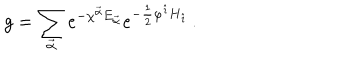
LaTeX: g = \sum _ { \vec { \alpha } } e ^ { - \chi ^ { \vec { \alpha } } E _ { \vec { \alpha } } } e ^ { - \frac { 1 } { 2 } \varphi ^ { \hat { \imath } } H _ { \hat { \imath } } } \, .